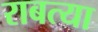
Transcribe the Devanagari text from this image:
राबत्या